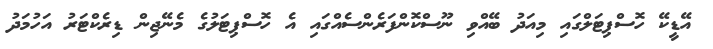
އޭޑީކޭ ހޮސްޕިޓަލްގައި މިއަދު ބޭއްވި ނޫސްކޮންފަރެންސެއްގައި އެ ހޮސްޕިޓަލުގެ މެނޭޖިން ޑިރެކްޓަރު އަހުމަދު